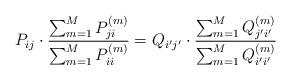
LaTeX: \begin{align*}P_{ij} \cdot \frac{\sum_{m=1}^MP^{(m)}_{ji}}{\sum_{m=1}^MP^{(m)}_{ii}} = Q_{i' j'} \cdot \frac{\sum_{m=1}^MQ^{(m)}_{j' i'}}{\sum_{m=1}^MQ^{(m)}_{i' i'}}\end{align*}